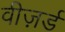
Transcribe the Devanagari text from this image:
वीज़र्ड